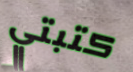
كتبتي